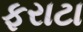
ફરાટા